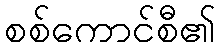
စစ်ကောင်စီ၏